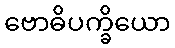
ဗောဓိပက္ခိယော